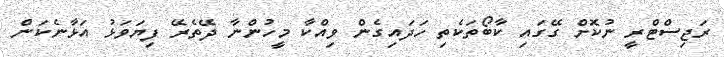
ރަޖިސްޓްރީ ނުކޮށް ގޭގައި ކާބޯތަކެތި ހަދައިގެން ވިއްކާ މީހުންނާ ދޭތެރޭ ފިޔަވަޅު އަޅާނެކަން